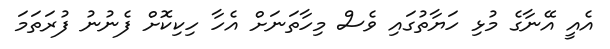
އެއީ އޭނާގެ މުޅި ހަޔާތުގައި ވެސް މިހާތަނަށް އެހާ ހިކިކޮށް ފެނުނު ފުރަތަމަ